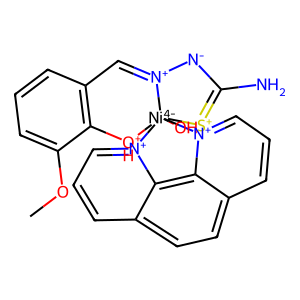
SMILES: COc1cccc2c1[OH+][Ni-4]13(O)([S+]=C(N)[N-][N+]1=C2)[n+]1cccc2ccc4ccc[n+]3c4c21
Inhibits HIV replication: No